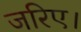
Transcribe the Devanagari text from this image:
जरिए।